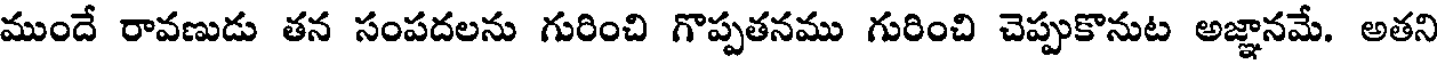
ముందే రావణుడు తన సంపదలను గురించి గొప్పతనము గురించి చెప్పుకొనుట అజ్ఞానమే. అతని